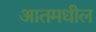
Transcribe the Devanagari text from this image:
आतमधील